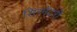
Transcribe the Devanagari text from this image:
सिग्नेटरी